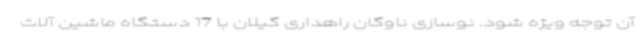
آن توجه ویژه شود. نوسازی ناوگان راهداری گیلان با 17 دستگاه ماشین آلات